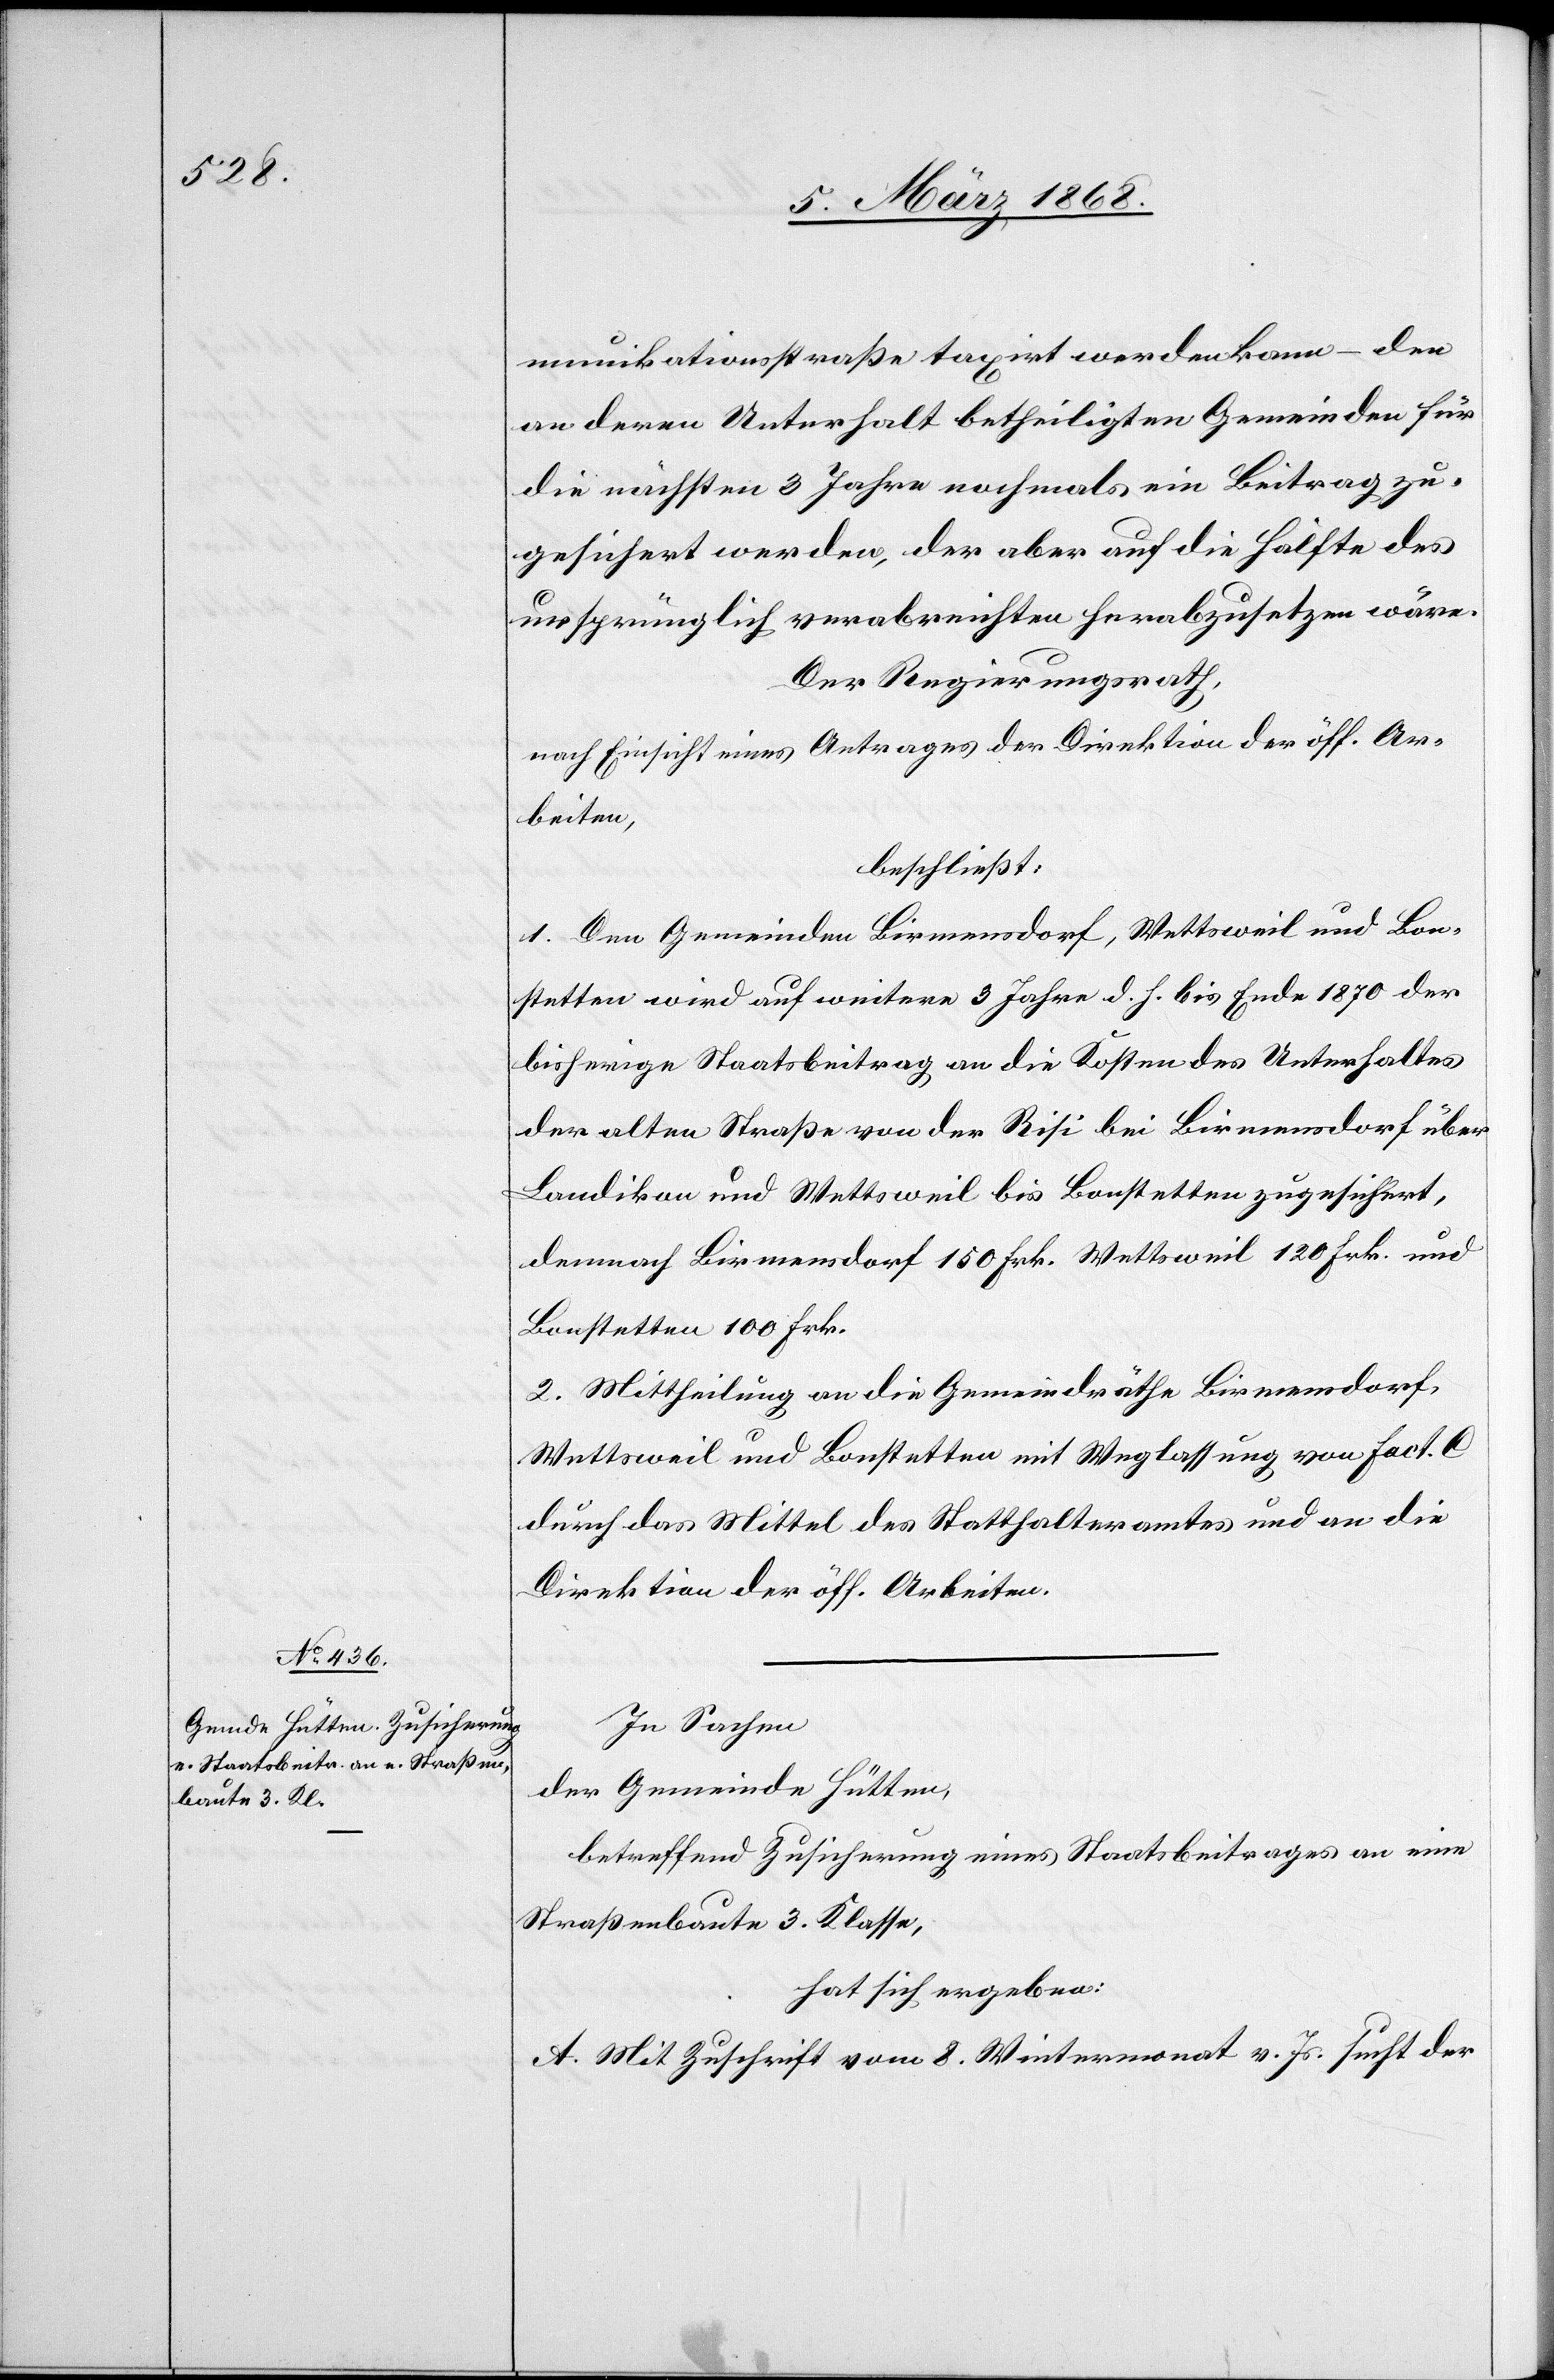
munikationsstraße taxirt werden kann – den
an deren Unterhalt betheiligten Gemeinden für
die nächsten 3 Jahre nochmals ein Beitrag zu¬
gesichert werden, der aber auf die Hälfte des
ursprünglich verabreichten herabzusetzen wäre.
Der Regierungsrath,
nach Einsicht eines Antrages der Direktion der öff. Ar¬
beiten,
beschließt:
1. Den Gemeinden Birmensdorf, Wettsweil und Bon¬
stetten wird auf weitere 3 Jahre d. h. bis Ende 1870 der
bisherige Staatsbeitrag an die Kosten des Unterhaltes
der alten Straße von der Risi bei Birmensdorf über
Landikon und Wettsweil bis Bonstetten zugesichert,
demnach Birmensdorf 150 Frk.[,] Wettsweil 120 Frk. und
Bonstetten 100 Frk.
2. Mittheilung an die Gemeindräthe Birmensdorf,
Wettsweil und Bonstetten mit Weglassung von Fact. C
durch das Mittel des Statthalteramtes und an die
Direktion der öff. Arbeiten.
In Sachen
der Gemeinde Hütten,
betreffend Zusicherung eines Staatsbeitrages an eine
Straßenbaute 3. Klasse,
hat sich ergeben:
A. Mit Zuschrift vom 8. Wintermonat v. Js. sucht der